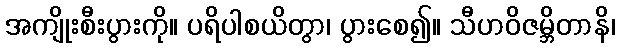
အကျိုးစီးပွားကို။ ပရိပါစယိတွာ၊ ပွားစေ၍။ သီဟဝိဇမ္ဘိတာနိ၊